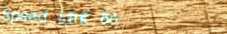
Speed Limit 60